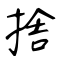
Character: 捨